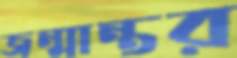
জন্মান্তর